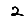
Digit: 2